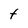
Character: t